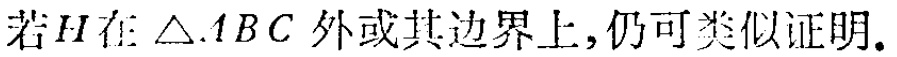
若\(H\)在\(\triangle ABC\)外或其边界上,仍可类似证明.